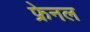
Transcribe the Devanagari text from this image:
फ्रेनल